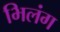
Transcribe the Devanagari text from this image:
भिलंग